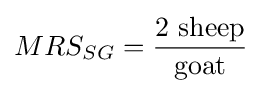
MRS_{SG}={\frac {2{\text{ sheep}}}{\text{goat}}}